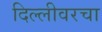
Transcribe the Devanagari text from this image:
दिल्लीवरचा